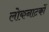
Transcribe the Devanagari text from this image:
लोकनाटकों